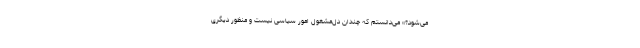
می‌شود؟» می‌دانستم که چندان دل‌مشغولِ امور سیاسی نیست و منظور دیگری